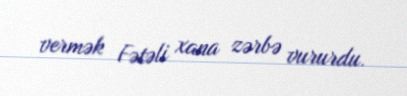
vermək Fətəli xana zərbə vururdu.